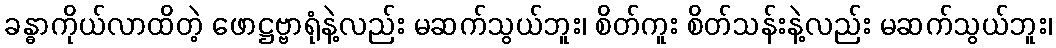
ခန္ဓာကိုယ်လာထိတဲ့ ဖောဋ္ဌဗ္ဗာရုံနဲ့လည်း မဆက်သွယ်ဘူး၊ စိတ်ကူး စိတ်သန်းနဲ့လည်း မဆက်သွယ်ဘူး၊